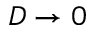
D \rightarrow 0